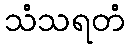
သံသရတံ